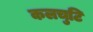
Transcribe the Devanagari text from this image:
कलचुटि